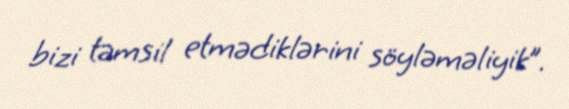
bizi təmsil etmədiklərini söyləməliyik”.